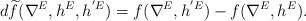
LaTeX: \begin{align*}\begin{aligned}d\widetilde{f}(\nabla^{E}, h^{E}, h^{'E})=f(\nabla^{E}, h^{'E})-f(\nabla^{E}, h^{E}).\end{aligned}\end{align*}